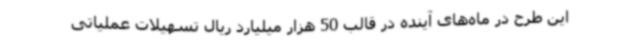
این طرح در ماه‌های آینده در قالب 50 هزار میلیارد ریال تسهیلات عملیاتی